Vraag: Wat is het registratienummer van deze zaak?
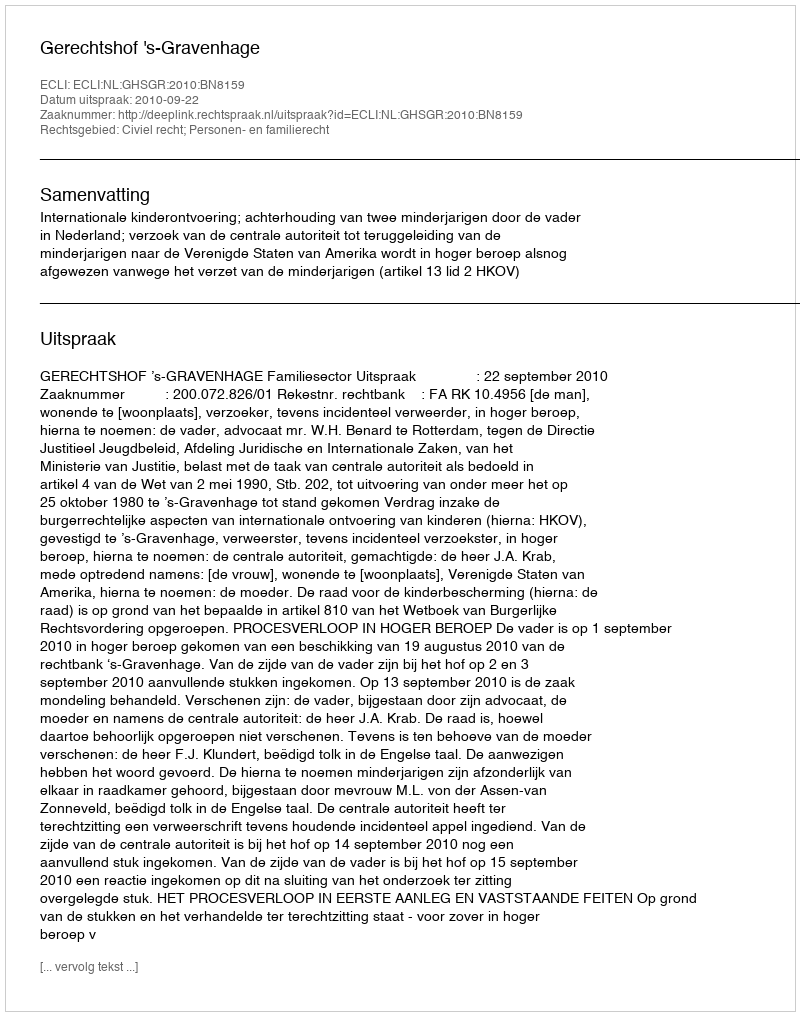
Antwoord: http://deeplink.rechtspraak.nl/uitspraak?id=ECLI:NL:GHSGR:2010:BN8159